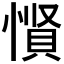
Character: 𪬡